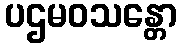
ပဌမဝသန္တော